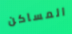
المساكن